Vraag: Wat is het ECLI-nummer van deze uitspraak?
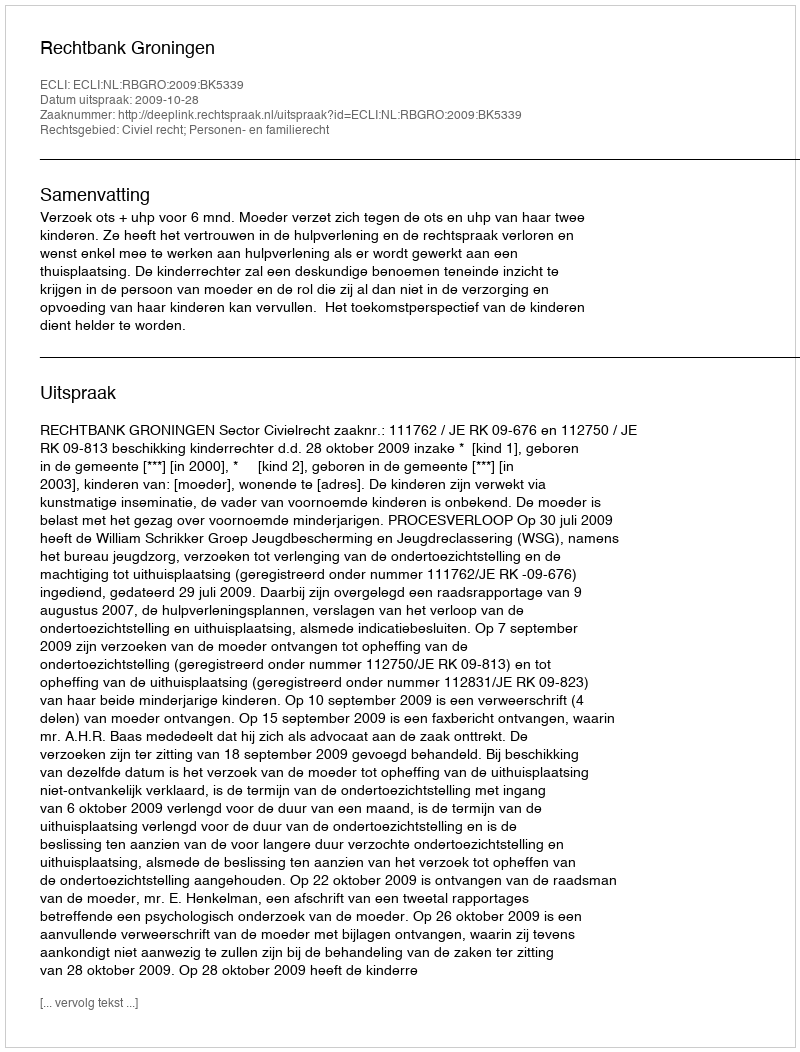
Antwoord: ECLI:NL:RBGRO:2009:BK5339